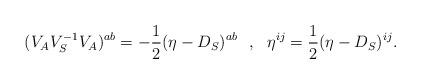
LaTeX: \begin{align*}(V_AV_S^{-1}V_A)^{ab}=-{1\over2}(\eta-D_S)^{ab}\,\,\,\,,\,\,\,\,\eta^{ij}={1\over2}(\eta-D_S)^{ij}.\end{align*}